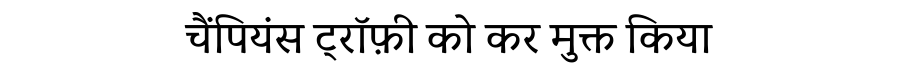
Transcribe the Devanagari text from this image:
चैंपियंस ट्रॉफ़ी को कर मुक्त किया